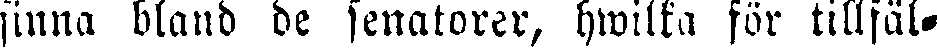
finna bland de senatorer, hwilka för tillfäl-